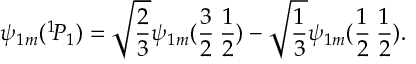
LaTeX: \psi _ { 1 m } ( ^ { 1 } \! P _ { 1 } ) = \sqrt { \frac { 2 } { 3 } } \psi _ { 1 m } ( \frac { 3 } { 2 } \: \frac { 1 } { 2 } ) - \sqrt { \frac { 1 } { 3 } } \psi _ { 1 m } ( \frac { 1 } { 2 } \: \frac { 1 } { 2 } ) .